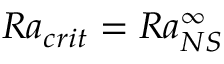
R a _ { c r i t } = R a _ { N S } ^ { \infty }